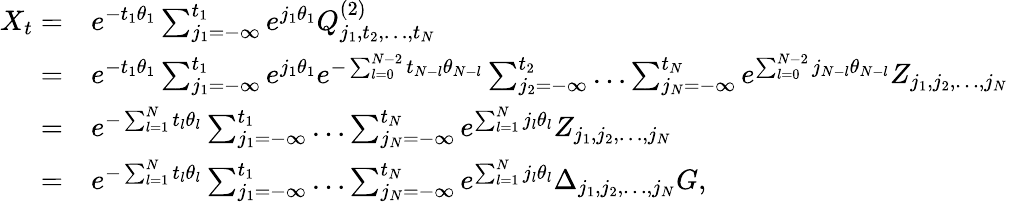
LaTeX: \begin{array}{rl}{X_{t}=}&{e^{-t_{1}\theta_{1}}\sum_{j_{1}=-\infty}^{t_{1}}e^{j_{1}\theta_{1}}Q_{j_{1},t_{2},\dots,t_{N}}^{(2)}}\\ {=}&{e^{-t_{1}\theta_{1}}\sum_{j_{1}=-\infty}^{t_{1}}e^{j_{1}\theta_{1}}e^{-\sum_{l=0}^{N-2}t_{N-l}\theta_{N-l}}\sum_{j_{2}=-\infty}^{t_{2}}\dots\sum_{j_{N}=-\infty}^{t_{N}}e^{\sum_{l=0}^{N-2}j_{N-l}\theta_{N-l}}Z_{j_{1},j_{2},\dots,j_{N}}}\\ {=}&{e^{-\sum_{l=1}^{N}t_{l}\theta_{l}}\sum_{j_{1}=-\infty}^{t_{1}}\dots\sum_{j_{N}=-\infty}^{t_{N}}e^{\sum_{l=1}^{N}j_{l}\theta_{l}}Z_{j_{1},j_{2},\dots,j_{N}}}\\ {=}&{e^{-\sum_{l=1}^{N}t_{l}\theta_{l}}\sum_{j_{1}=-\infty}^{t_{1}}\dots\sum_{j_{N}=-\infty}^{t_{N}}e^{\sum_{l=1}^{N}j_{l}\theta_{l}}\Delta_{j_{1},j_{2},\dots,j_{N}}G,}\end{array}